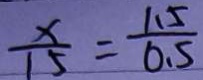
\frac { x } { 1 5 } = \frac { 1 . 5 } { 0 . 5 }